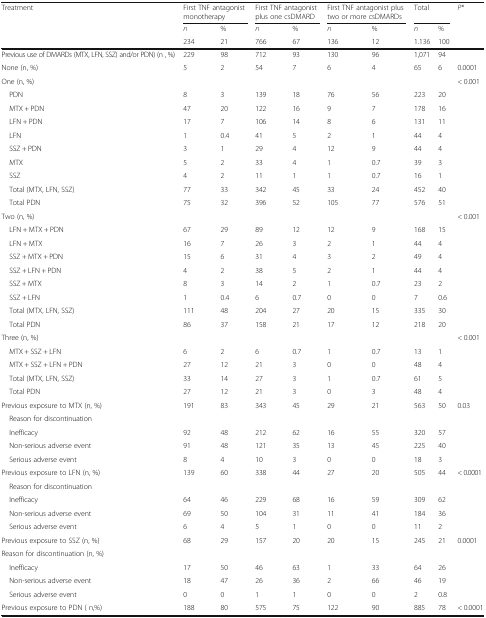
<table><thead><tr><td><b>Treatment</b></td><td colspan="2"><b>First TNF antagonist monotherapy</b></td><td colspan="2"><b>First TNF antagonist plus one csDMARD</b></td><td colspan="2"><b>First TNF antagonist plus two or more csDMARDs</b></td><td colspan="2"><b>Total</b></td><td><b><i>P</i>*</b></td></tr><tr><td></td><td><b><i>n</i></b></td><td><b>%</b></td><td><b><i>n</i></b></td><td><b>%</b></td><td><b><i>n</i></b></td><td><b>%</b></td><td><b><i>n</i></b></td><td><b>%</b></td><td></td></tr><tr><td></td><td><b>234</b></td><td><b>21</b></td><td><b>766</b></td><td><b>67</b></td><td><b>136</b></td><td><b>12</b></td><td><b>1.136</b></td><td><b>100</b></td><td></td></tr></thead><tbody><tr><td>Previous use of DMARDs (MTX, LFN, SSZ) and/or PDN) (n , %)</td><td>229</td><td>98</td><td>712</td><td>93</td><td>130</td><td>96</td><td>1,071</td><td>94</td><td></td></tr><tr><td>None (n, %)</td><td>5</td><td>2</td><td>54</td><td>7</td><td>6</td><td>4</td><td>65</td><td>6</td><td>0.0001</td></tr><tr><td>One (n, %)</td><td></td><td></td><td></td><td></td><td></td><td></td><td></td><td></td><td rowspan="10">&lt; 0.001</td></tr><tr><td> PDN</td><td>8</td><td>3</td><td>139</td><td>18</td><td>76</td><td>56</td><td>223</td><td>20</td></tr><tr><td> MTX + PDN</td><td>47</td><td>20</td><td>122</td><td>16</td><td>9</td><td>7</td><td>178</td><td>16</td></tr><tr><td> LFN + PDN</td><td>17</td><td>7</td><td>106</td><td>14</td><td>8</td><td>6</td><td>131</td><td>11</td></tr><tr><td> LFN</td><td>1</td><td>0.4</td><td>41</td><td>5</td><td>2</td><td>1</td><td>44</td><td>4</td></tr><tr><td> SSZ + PDN</td><td>3</td><td>1</td><td>29</td><td>4</td><td>12</td><td>9</td><td>44</td><td>4</td></tr><tr><td> MTX</td><td>5</td><td>2</td><td>33</td><td>4</td><td>1</td><td>0.7</td><td>39</td><td>3</td></tr><tr><td> SSZ</td><td>4</td><td>2</td><td>11</td><td>1</td><td>1</td><td>0.7</td><td>16</td><td>1</td></tr><tr><td> Total (MTX, LFN, SSZ)</td><td>77</td><td>33</td><td>342</td><td>45</td><td>33</td><td>24</td><td>452</td><td>40</td></tr><tr><td> Total PDN</td><td>75</td><td>32</td><td>396</td><td>52</td><td>105</td><td>77</td><td>576</td><td>51</td></tr><tr><td>Two (n, %)</td><td></td><td></td><td></td><td></td><td></td><td></td><td></td><td></td><td rowspan="9">&lt; 0.001</td></tr><tr><td> LFN + MTX + PDN</td><td>67</td><td>29</td><td>89</td><td>12</td><td>12</td><td>9</td><td>168</td><td>15</td></tr><tr><td> LFN + MTX</td><td>16</td><td>7</td><td>26</td><td>3</td><td>2</td><td>1</td><td>44</td><td>4</td></tr><tr><td> SSZ + MTX + PDN</td><td>15</td><td>6</td><td>31</td><td>4</td><td>3</td><td>2</td><td>49</td><td>4</td></tr><tr><td> SSZ + LFN + PDN</td><td>4</td><td>2</td><td>38</td><td>5</td><td>2</td><td>1</td><td>44</td><td>4</td></tr><tr><td> SSZ + MTX</td><td>8</td><td>3</td><td>14</td><td>2</td><td>1</td><td>0.7</td><td>23</td><td>2</td></tr><tr><td> SSZ + LFN</td><td>1</td><td>0.4</td><td>6</td><td>0.7</td><td>0</td><td>0</td><td>7</td><td>0.6</td></tr><tr><td> Total (MTX, LFN, SSZ)</td><td>111</td><td>48</td><td>204</td><td>27</td><td>20</td><td>15</td><td>335</td><td>30</td></tr><tr><td> Total PDN</td><td>86</td><td>37</td><td>158</td><td>21</td><td>17</td><td>12</td><td>218</td><td>20</td></tr><tr><td>Three (n, %)</td><td></td><td></td><td></td><td></td><td></td><td></td><td></td><td></td><td rowspan="5">&lt; 0.001</td></tr><tr><td> MTX + SSZ + LFN</td><td>6</td><td>2</td><td>6</td><td>0.7</td><td>1</td><td>0.7</td><td>13</td><td>1</td></tr><tr><td> MTX + SSZ + LFN + PDN</td><td>27</td><td>12</td><td>21</td><td>3</td><td>0</td><td>0</td><td>48</td><td>4</td></tr><tr><td> Total (MTX, LFN, SSZ)</td><td>33</td><td>14</td><td>27</td><td>3</td><td>1</td><td>0.7</td><td>61</td><td>5</td></tr><tr><td> Total PDN</td><td>27</td><td>12</td><td>21</td><td>3</td><td>0</td><td>3</td><td>48</td><td>4</td></tr><tr><td>Previous exposure to MTX (n, %)</td><td>191</td><td>83</td><td>343</td><td>45</td><td>29</td><td>21</td><td>563</td><td>50</td><td rowspan="5">0.03</td></tr><tr><td> Reason for discontinuation</td><td></td><td></td><td></td><td></td><td></td><td></td><td></td><td></td></tr><tr><td> Inefficacy</td><td>92</td><td>48</td><td>212</td><td>62</td><td>16</td><td>55</td><td>320</td><td>57</td></tr><tr><td> Non-serious adverse event</td><td>91</td><td>48</td><td>121</td><td>35</td><td>13</td><td>45</td><td>225</td><td>40</td></tr><tr><td> Serious adverse event</td><td>8</td><td>4</td><td>10</td><td>3</td><td>0</td><td>0</td><td>18</td><td>3</td></tr><tr><td>Previous exposure to LFN (n, %)</td><td>139</td><td>60</td><td>338</td><td>44</td><td>27</td><td>20</td><td>505</td><td>44</td><td rowspan="5">&lt; 0.0001</td></tr><tr><td> Reason for discontinuation</td><td></td><td></td><td></td><td></td><td></td><td></td><td></td><td></td></tr><tr><td> Inefficacy</td><td>64</td><td>46</td><td>229</td><td>68</td><td>16</td><td>59</td><td>309</td><td>62</td></tr><tr><td> Non-serious adverse event</td><td>69</td><td>50</td><td>104</td><td>31</td><td>11</td><td>41</td><td>184</td><td>36</td></tr><tr><td> Serious adverse event</td><td>6</td><td>4</td><td>5</td><td>1</td><td>0</td><td>0</td><td>11</td><td>2</td></tr><tr><td>Previous exposure to SSZ (n, %)</td><td>68</td><td>29</td><td>157</td><td>20</td><td>20</td><td>15</td><td>245</td><td>21</td><td rowspan="5">0.0001</td></tr><tr><td>Reason for discontinuation (n, %)</td><td></td><td></td><td></td><td></td><td></td><td></td><td></td><td></td></tr><tr><td> Inefficacy</td><td>17</td><td>50</td><td>46</td><td>63</td><td>1</td><td>33</td><td>64</td><td>26</td></tr><tr><td> Non-serious adverse event</td><td>18</td><td>47</td><td>26</td><td>36</td><td>2</td><td>66</td><td>46</td><td>19</td></tr><tr><td> Serious adverse event</td><td>0</td><td>0</td><td>1</td><td>1</td><td>0</td><td>0</td><td>2</td><td>0.8</td></tr><tr><td>Previous exposure to PDN ( n,%)</td><td>188</td><td>80</td><td>575</td><td>75</td><td>122</td><td>90</td><td>885</td><td>78</td><td>&lt; 0.0001</td></tr></tbody></table>